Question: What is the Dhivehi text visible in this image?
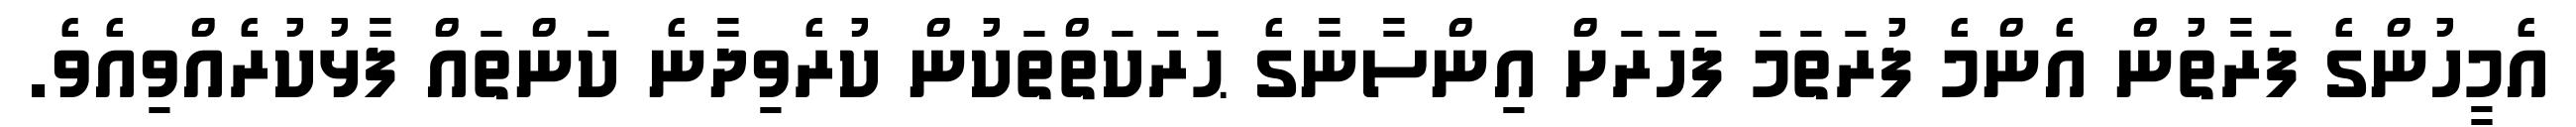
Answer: އެމީހުންގެ ފަރާތުން އެންމެ ފުރަތަމަ ފަހަރަށް އިންސާނާގެ ޙަރަކަތްތަކުން ކުރެވިދާނެ ކަންތައް ފާޅުކުރެއްވިއެވެ.